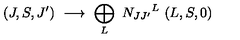
( J , S , J ^ { \prime } ) \ \longrightarrow \ \bigoplus _ { L } \ { N _ { J J ^ { \prime } } } ^ { L } \ ( L , S , 0 ) \ \